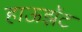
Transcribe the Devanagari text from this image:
हाऊझॅट